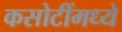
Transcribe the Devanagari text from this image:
कसोटींमध्ये